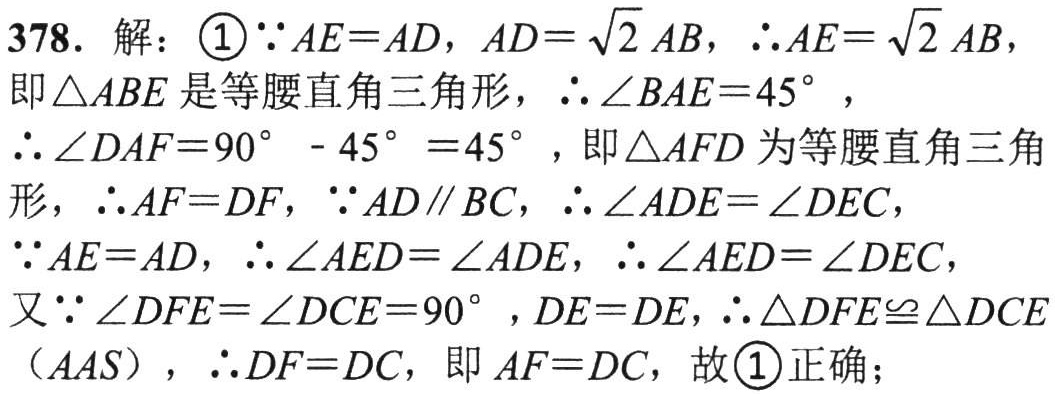
378. 解：\(\textcircled{1}\because AE = AD\), \(AD=\sqrt{2}AB\), \(\therefore AE=\sqrt{2}AB\),
即\(\triangle ABE\)是等腰直角三角形, \(\therefore \angle BAE = 45^{\circ}\),
\(\therefore \angle DAF=90^{\circ}-45^{\circ}=45^{\circ}\), 即\(\triangle AFD\)为等腰直角三角形, \(\therefore AF = DF\), \(\because AD\parallel BC\), \(\therefore \angle ADE=\angle DEC\),
\(\because AE = AD\), \(\therefore \angle AED=\angle ADE\), \(\therefore \angle AED=\angle DEC\),
又\(\because \angle DFE=\angle DCE = 90^{\circ}\), \(DE = DE\), \(\therefore \triangle DFE\cong\triangle DCE\)（\(AAS\)）, \(\therefore DF = DC\), 即\(AF = DC\), 故\(\textcircled{1}\)正确；